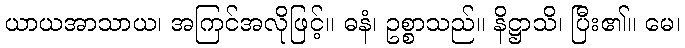
ယာယအာသာယ၊ အကြင်အလိုဖြင့်။ ဓနံ၊ ဥစ္စာသည်။ နိဋ္ဌာသိ၊ ပြီး၏။ မေ၊